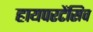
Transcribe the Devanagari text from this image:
हायपरटेंसिव